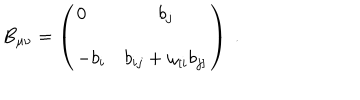
B _ { \mu \nu } = \left( \begin{array} { l c } { { 0 } } & { { b _ { j } } } \\ { { - b _ { i } } } & { { b _ { i j } + \omega _ { [ i } b _ { j ] } } } \\ \end{array} \right) \ .